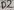
Text: D2